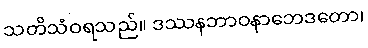
သတိသံဝရသည်။ ဒဿနဘာဝနာဘေဒတော၊